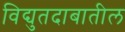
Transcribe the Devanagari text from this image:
विद्युतदाबातील